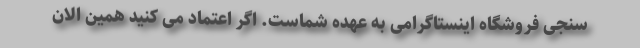
سنجی فروشگاه اینستاگرامی به عهده شماست. اگر اعتماد می کنید همین الان